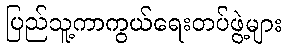
ပြည်သူ့ကာကွယ်ရေးတပ်ဖွဲ့များ